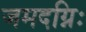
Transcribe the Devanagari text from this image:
जमदग्निः